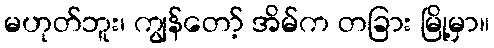
မဟုတ်ဘူး၊ ကျွန်တော့် အိမ်က တခြား မြို့မှာ။